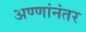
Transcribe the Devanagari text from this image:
अण्णांनंतर